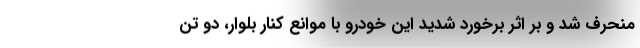
منحرف شد و بر اثر برخورد شدید این خودرو با موانع کنار بلوار، دو تن